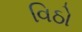
વિઠો